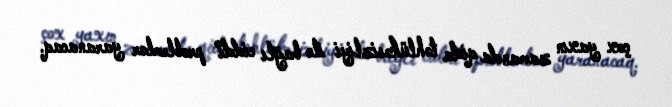
çox yaxın zamanda qida təhlükəsizliyi ilə bağlı ciddi problemlər yaranacaq.